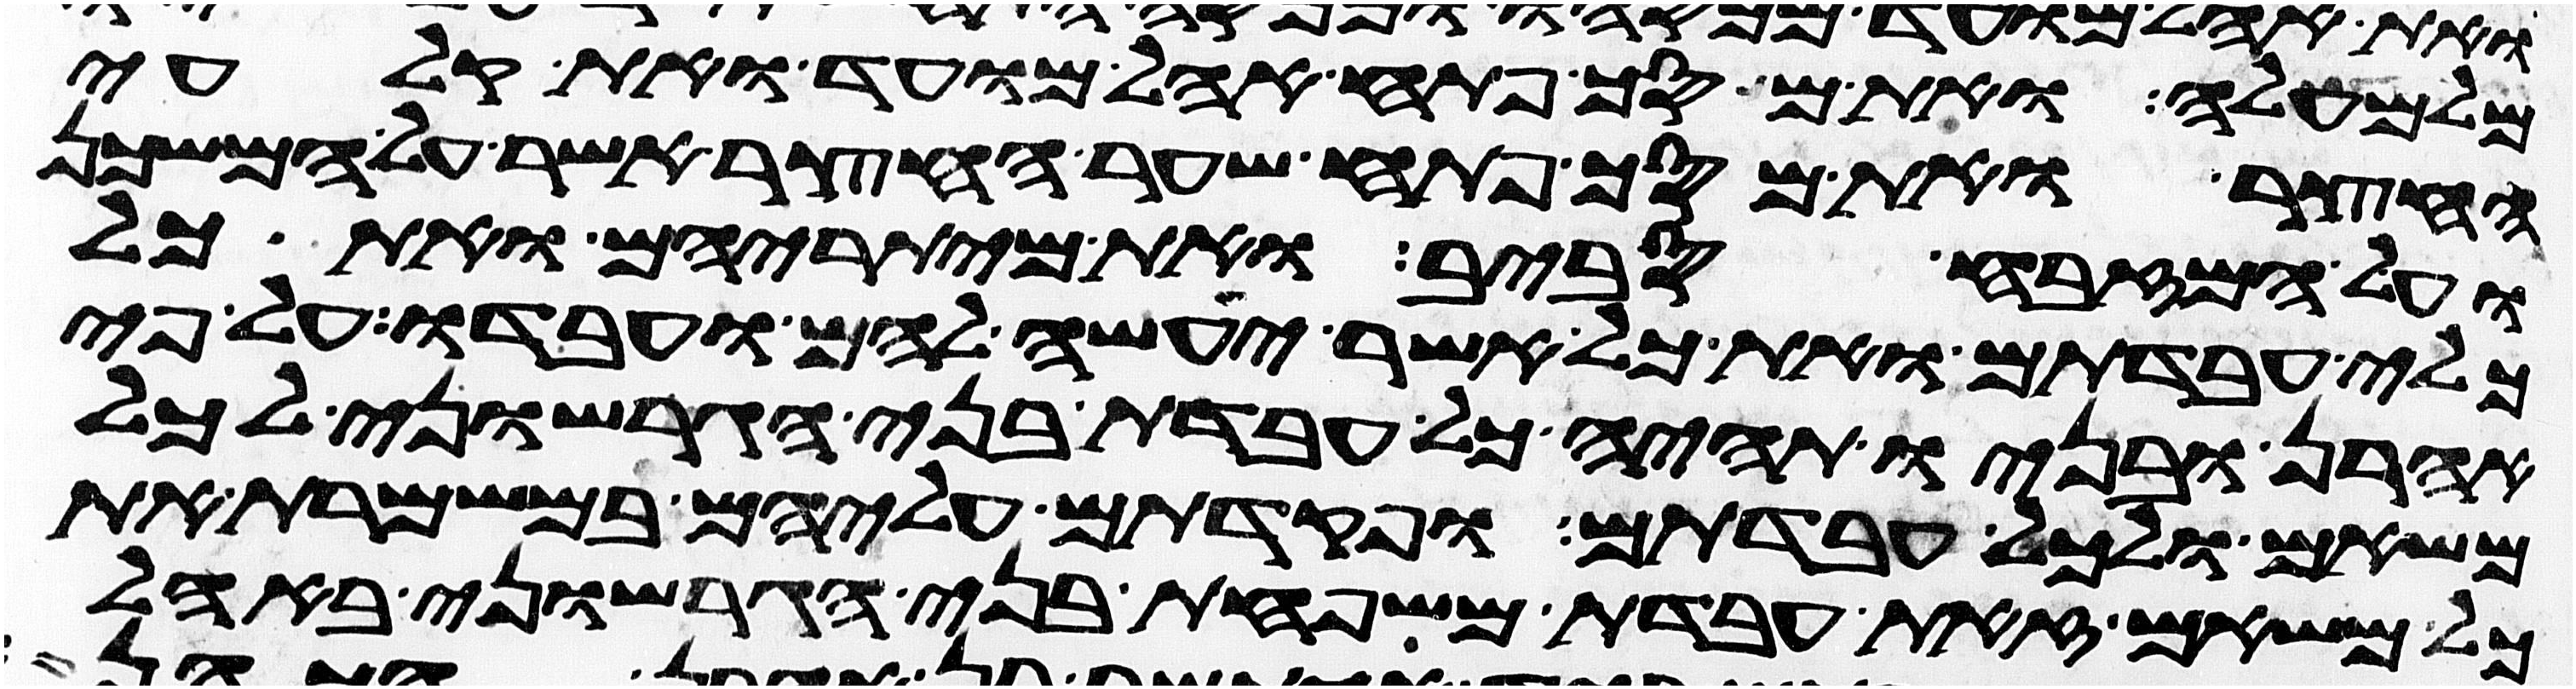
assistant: מלמעלה ואת מסך פתח אהל מועד ואת קלעי
החצר ואת מסך פתח שער החצר אשר על המשכן
ועל המזבח סביב ואת מיתריהם ואת כל
כלי עבדתם ואת כל אשר יעשה להם ועבדו על פי
אהרן ובניו תהיה כל עבדת בני הגרשוני לכל
משאם ולכל עבדתם ופקדתם עליהם במשמרת את
כל משאם זאת עבדת משפחת בני הגרשוני באהל